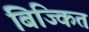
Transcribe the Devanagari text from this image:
बिज्कित